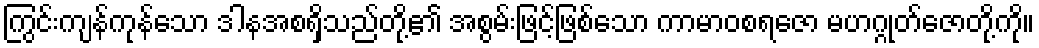
ကြွင်းကျန်ကုန်သော ဒါနအစရှိသည်တို့၏ အစွမ်းဖြင့်ဖြစ်သော ကာမာဝစရဇော မဟဂ္ဂုတ်ဇောတို့ကို။